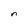
Character: n